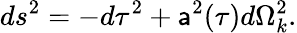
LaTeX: ds^{2}=-d\tau^{2}+\mathsf{a}^{2}(\tau)d\Omega_{k}^{2}.